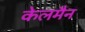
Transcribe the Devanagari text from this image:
केलमैन